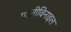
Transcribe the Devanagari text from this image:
पालीविनाइल